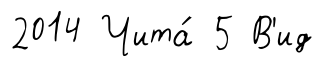
2014 Чита́ 5 В'ид